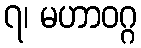
၇၊ မဟာဝဂ္ဂ